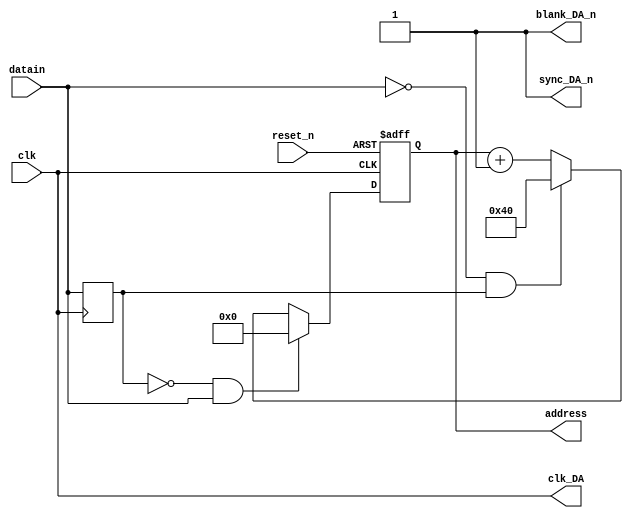
module Controller(
			clk,
			reset_n,
			datain,

			address,
			clk_DA,
			blank_DA_n,
			sync_DA_n
);

	input            clk         ;
	input            reset_n     ;
	input            datain      ;
	
	output [ 6 : 0 ] address     ;
	output           clk_DA      ; 
	output           blank_DA_n  ; 
	output           sync_DA_n   ; 
	
	reg    [ 6 : 0 ] address_data;
	reg    datain_1;
	wire   flag_pos,flag_neg;


	always@(posedge clk)begin
		datain_1 <= datain;
	end
	assign flag_pos = (~datain_1) & datain;
	assign flag_neg = (~datain) & datain_1;
	
	always@(posedge clk or negedge reset_n)
	begin
		if(!reset_n)
			address_data <= 7'd0;
		else begin
			if (flag_pos) begin
				address_data <= 7'd0;
			end
			else if (flag_neg) begin
				address_data <= 7'd64;
			end
			else begin
			  	address_data <= address_data + 7'd1;
			end
		end
	end
	
	assign address    = address_data;
	assign clk_DA     = clk;
	assign blank_DA_n = 1'b1;
	assign sync_DA_n  = 1'b1;
	
endmodule